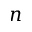
n